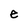
Character: e